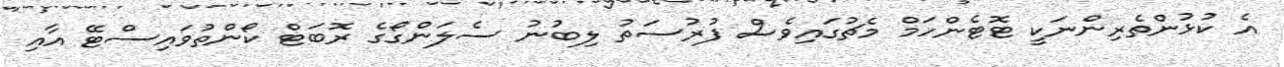
އެ ކުޅުންތެރިންނަކީ ޓޮޓެންހަމް މެޗުގައިވެސް ފުރުސަތު ލިބުނު ސެލަންގޯގެ ރޮބަޓް ކޯންތުވައިސްޓޭ އާއި